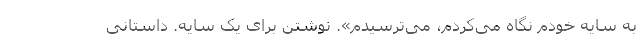
به سایه‌ خودم نگاه می‌کردم، می‌ترسیدم». نوشتن برای یک سایه. داستانی